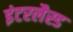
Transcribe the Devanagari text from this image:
इंटरलैस्ड